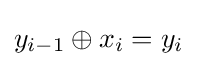
y_{i-1}\oplus x_{i}=y_{i}